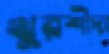
খুরশীদা